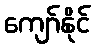
ကျော်နိုင်